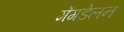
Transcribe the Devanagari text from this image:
मॅगडेलन